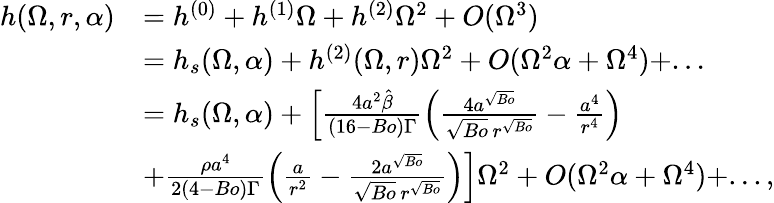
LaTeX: \begin{array}{rl}{h(\Omega,r,\alpha)}&{=h^{(0)}+h^{(1)}\Omega+h^{(2)}\Omega^{2}+O(\Omega^{3})}\\ &{=h_{s}(\Omega,\alpha)+h^{(2)}(\Omega,r)\Omega^{2}+O(\Omega^{2}\alpha+\Omega^{4})+...}\\ &{=h_{s}(\Omega,\alpha)+\left[\frac{4a^{2}\hat{\beta}}{(16-Bo)\Gamma}\left(\frac{4a^{\sqrt{Bo}}}{\sqrt{Bo}\, r^{\sqrt{Bo}}}-\frac{a^{4}}{r^{4}}\right)\right.}\\ &{\left.+\frac{\rho{a}^{4}}{2(4-Bo)\Gamma}\left(\frac{a}{r^{2}}-\frac{2a^{\sqrt{Bo}}}{\sqrt{Bo}\, r^{\sqrt{Bo}}}\right)\right]{\Omega^{2}}+O(\Omega^{2}\alpha+\Omega^{4})+...,}\end{array}